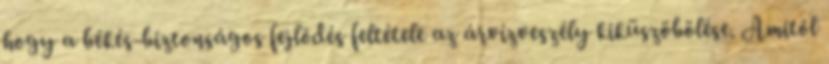
hogy a békés-biztonságos fejlõdés feltétele az árvízveszély kiküszöbölése. Amitõl